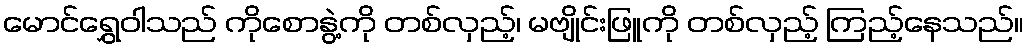
မောင်ရွှေဝါသည် ကိုစောနွဲ့ကို တစ်လှည့်၊ မဗျိုင်းဖြူကို တစ်လှည့် ကြည့်နေသည်။